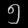
Digit: ၅